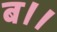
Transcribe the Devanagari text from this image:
ब।।